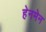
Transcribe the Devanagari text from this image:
हेनमेन